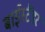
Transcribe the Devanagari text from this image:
बाईस्टैंडर